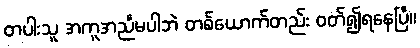
တပါးသူ အကူအညီမပါဘဲ တစ်ယောက်တည်း ဝတ်၍ရနေပြီ။